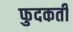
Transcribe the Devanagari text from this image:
फुदकती